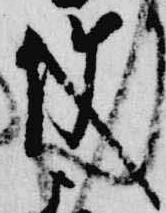
使